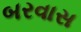
બરવાસ